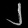
Digit: ၂